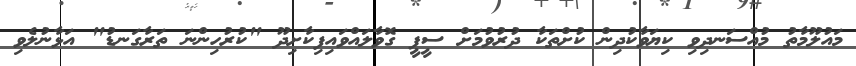
މައުލޫމާތު މުއްސަނދިވި ކިޔަވާކުދިން ކުށްތަކާ ދުރުވުމަށް ސީޕީ ގޮވާލައްވައިފިކާށިދޫ "ކުރުހިންނަ ތަރާގަނޑު" އަޅާނުލެވި